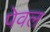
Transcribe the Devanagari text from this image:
पेवल